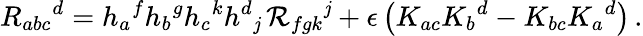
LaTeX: R_{abc}{}^{d}=h_{a}{}^{f}h_{b}{}^{g}h_{c}{}^{k}h^{d}{}_{\mathit{j}}\, {\mathcal{R}}_{fgk}{}^{\mathit{j}}+\epsilon\left(K_{ac}K_{b}{}^{d}-K_{bc}K_{a}{}^{d}\right)\, .